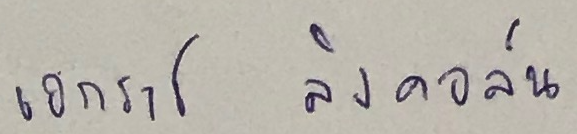
เอกราช ลิงคอล์น